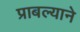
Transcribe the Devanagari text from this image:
प्राबल्याने